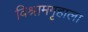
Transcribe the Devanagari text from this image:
विश्रामगृहाला